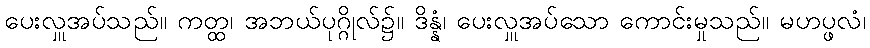
ပေးလှူအပ်သည်။ ကတ္ထ၊ အဘယ်ပုဂ္ဂိုလ်၌။ ဒိန္နံ၊ ပေးလှူအပ်သော ကောင်းမှုသည်။ မဟပ္ဖလံ၊